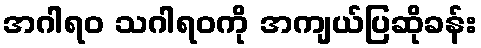
အဂါရဝ သဂါရဝကို အကျယ်ပြဆိုခန်း